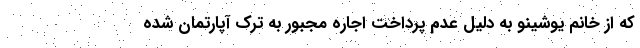
که از خانم یوشینو به دلیل عدم پرداخت اجاره مجبور به ترک آپارتمان شده